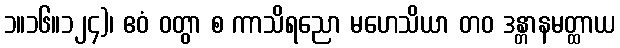
၁။၁၆။၁၂၄)၊ ဧဝံ ဝတွာ စ ကာသိရညော မဟေသိယာ တဝ ဒန္တာနမတ္ထာယ